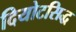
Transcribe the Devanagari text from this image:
दियोटसिद्ध